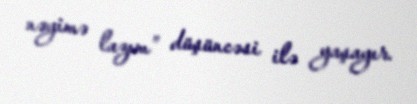
nəyimə lazım” düşüncəsi ilə yaşayır.